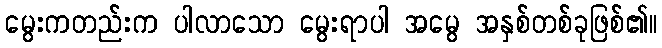
မွေးကတည်းက ပါလာသော မွေးရာပါ အမွေ အနှစ်တစ်ခုဖြစ်၏။